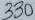
Text: 330